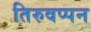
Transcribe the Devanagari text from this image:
तिरुवप्पन